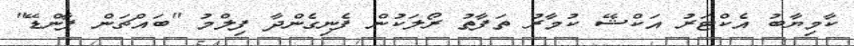
ކާމިޔާބު އެކްޓަރު އަކްޝޭ ކުމާރު ތަފާތު ރޯލަކުން ފެނިގެންދާ ފިލްމު "ބައްޗަން ޕާންޑޭ"